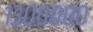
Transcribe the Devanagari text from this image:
१३०००००